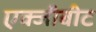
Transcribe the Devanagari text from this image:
एक्जीबीट